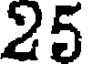
25